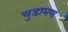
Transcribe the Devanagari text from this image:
चुडामण